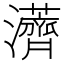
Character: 𱪏